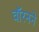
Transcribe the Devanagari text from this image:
वॉरनने